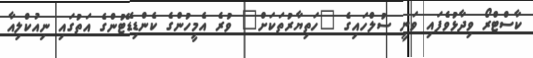
ކާސްޓްރޯ ވިދާޅުވެފައި ވަނީ ސުލްހައިގެ "ހަތިޔާރުތަކަށް" ވުރެ އެމީހުންގެ ކެންޑިޑޭޓުންގެ އަތުގައި ނިއުކްލިއާ